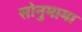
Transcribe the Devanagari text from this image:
सोनुमामा